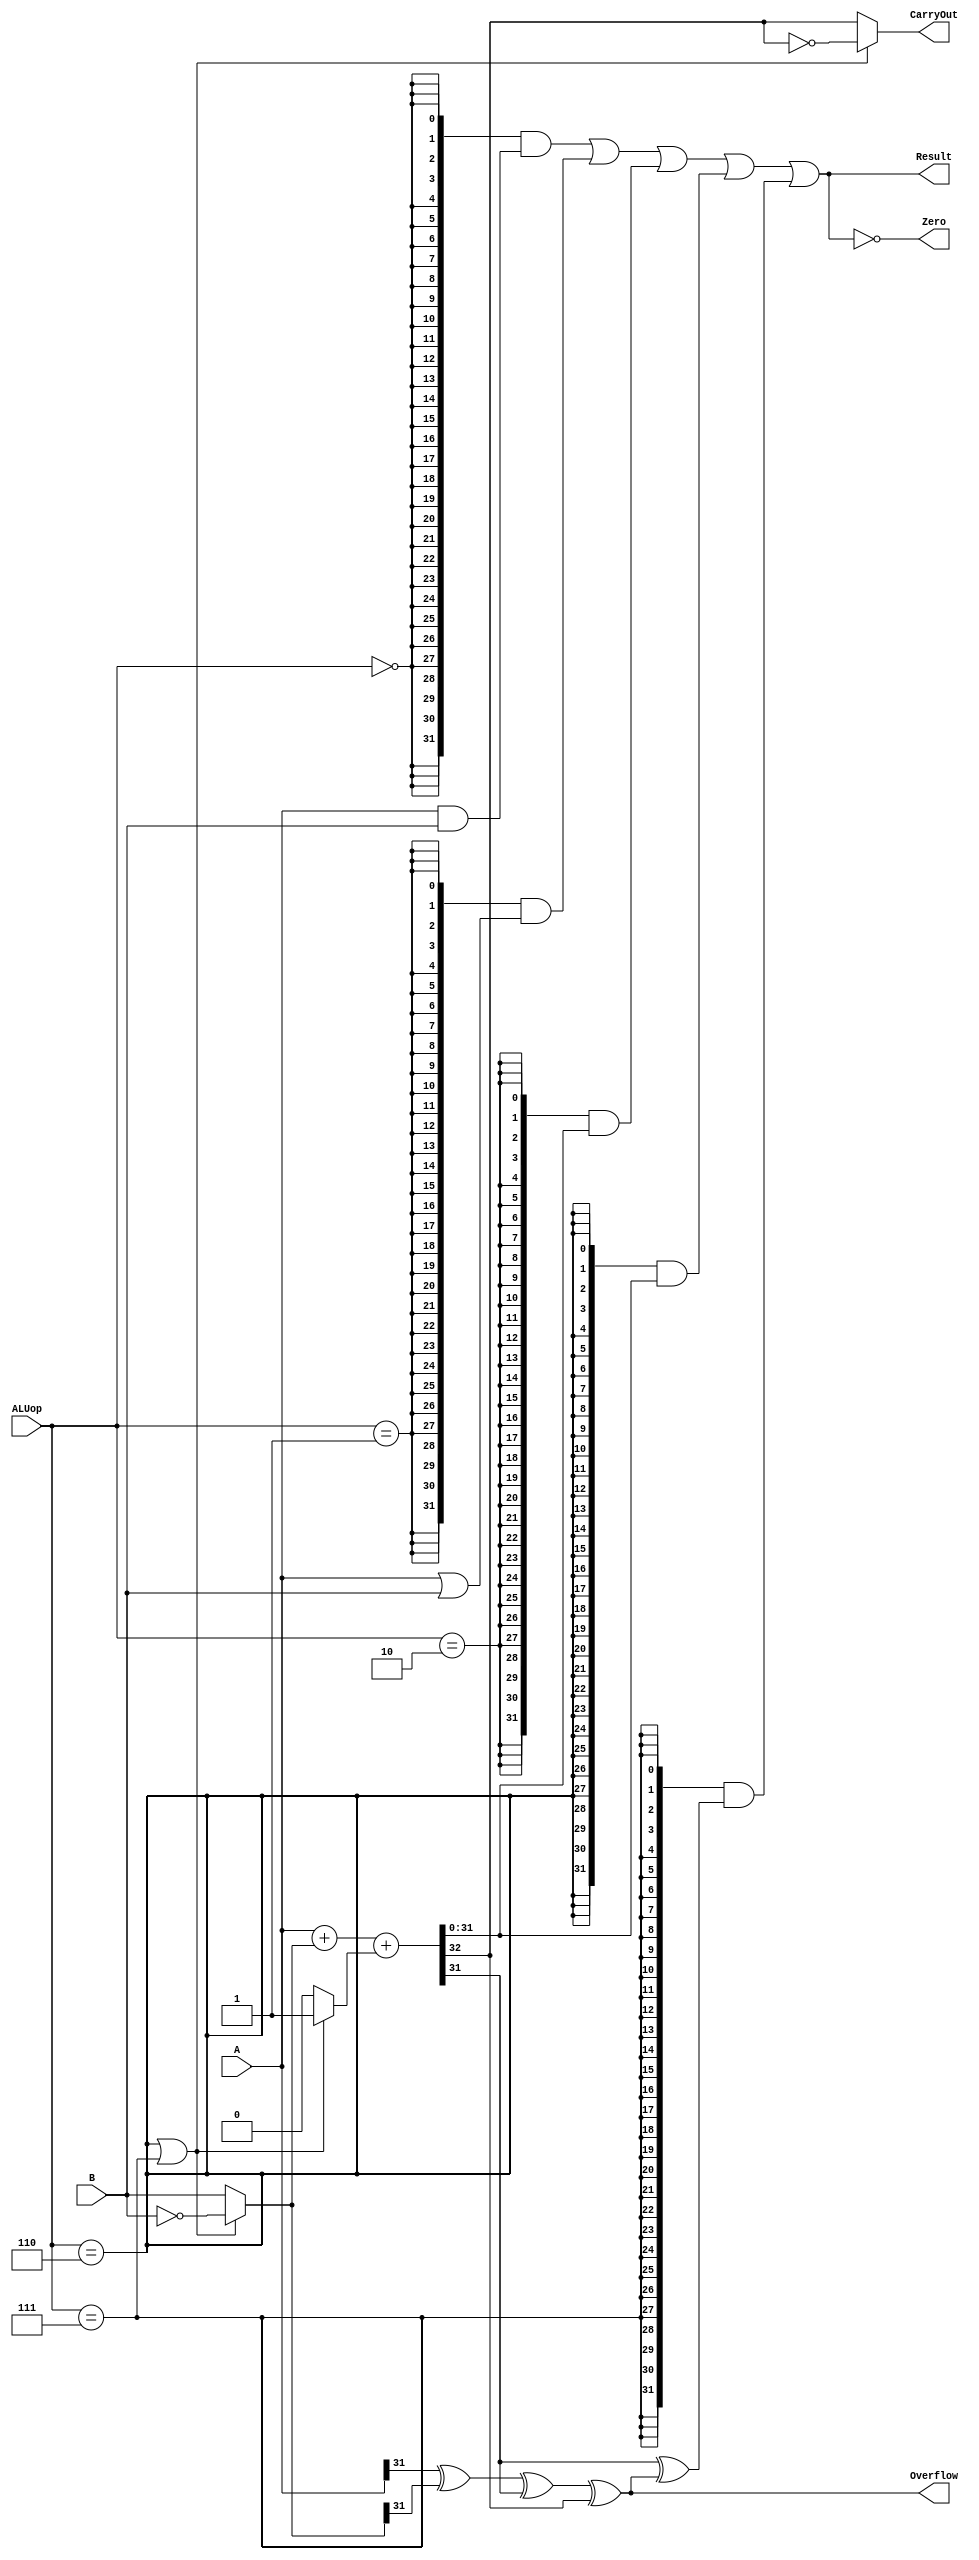
`timescale 10 ns / 1 ns

`define DATA_WIDTH 32

module alu(
	input  [`DATA_WIDTH - 1:0]  A,
	input  [`DATA_WIDTH - 1:0]  B,
	input  [              2:0]  ALUop,
	output                      Overflow,
	output                      CarryOut,
	output                      Zero,
	output [`DATA_WIDTH - 1:0]  Result
);
	// TODO: Please add your logic design here
	`define ALUOP_AND 3'b000
	`define ALUOP_OR  3'b001
	`define ALUOP_ADD 3'b010
	`define ALUOP_SUB 3'b110
	`define ALUOP_SLT 3'b111		// use `define to delete "magic numbers" 
	
	wire op_and = ALUop == `ALUOP_AND;
	wire op_or  = ALUop == `ALUOP_OR ;
	wire op_add = ALUop == `ALUOP_ADD;
	wire op_sub = ALUop == `ALUOP_SUB;
	wire op_slt = ALUop == `ALUOP_SLT;		// decode the alu_op signals
	
	wire [`DATA_WIDTH - 1:0] and_res = A & B;		// calculate the result of and 
	wire [`DATA_WIDTH - 1:0] or_res  = A | B;		// calculate the result of or 		
	wire [`DATA_WIDTH - 1:0] B_2 = (op_sub || op_slt)? ~B : B;
	wire cin = (op_sub || op_slt)? 1: 0;
	wire [`DATA_WIDTH - 1:0] out;
	wire cout;
	assign {cout, out} = A + B_2 + cin;			
	assign CarryOut = (op_sub || op_slt)? !cout: cout; // calculate the CarryOut flag
	wire [`DATA_WIDTH - 1:0] add_res = out;			// calculate the result of add 
	wire [`DATA_WIDTH - 1:0] sub_res = out;			// calculate the result of sub 
	wire slt_res = out [`DATA_WIDTH - 1] ^ Overflow;		// calculate the result of slt 

	assign Result = {`DATA_WIDTH{op_and}} & and_res |		// choose the final Result
			{`DATA_WIDTH{op_or }} & or_res  | 
			{`DATA_WIDTH{op_add}} & add_res |
			{`DATA_WIDTH{op_sub}} & sub_res |
			{`DATA_WIDTH{op_slt}} & slt_res ;

	wire CarryIn_31 = A [`DATA_WIDTH - 1] ^ B_2 [`DATA_WIDTH - 1] ^ out [`DATA_WIDTH - 1];		
	//out = a ^ b ^ cin, so cin = a ^ b ^ out 
	assign Overflow = CarryIn_31 ^ cout;		// calculate the Overflow flag
	assign Zero = Result == 32'b0;			// calculate the Zero flag
	
endmodule